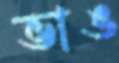
ভাঙ